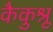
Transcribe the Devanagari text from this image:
कैकुश्रू